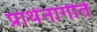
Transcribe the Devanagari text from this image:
प्रार्थनागीते